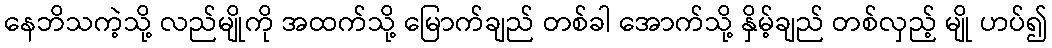
နေဘိသကဲ့သို့ လည်မျိုကို အထက်သို့ မြောက်ချည် တစ်ခါ အောက်သို့ နှိမ့်ချည် တစ်လှည့် မျို ဟပ်၍